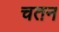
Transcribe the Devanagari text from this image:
चतन